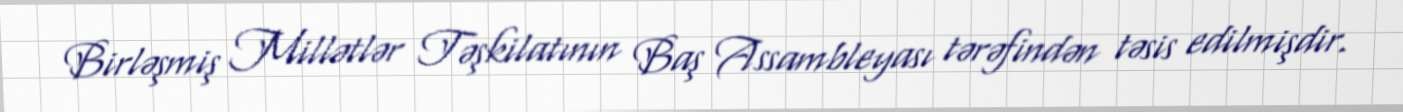
Birləşmiş Millətlər Təşkilatının Baş Assambleyası tərəfindən təsis edilmişdir.